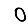
Digit: 0